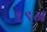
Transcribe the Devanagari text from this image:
९९न